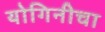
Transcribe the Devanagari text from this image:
योगिनीचा